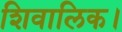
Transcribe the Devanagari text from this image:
शिवालिक।